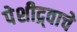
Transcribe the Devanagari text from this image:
पेशीद्र्वाचे